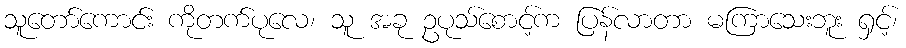
သူတော်ကောင်း ကိုတက်ပုလေ၊ သူ အခု ဥပုသ်စောင့်က ပြန်လာတာ မကြာသေးဘူး ရှင့်၊